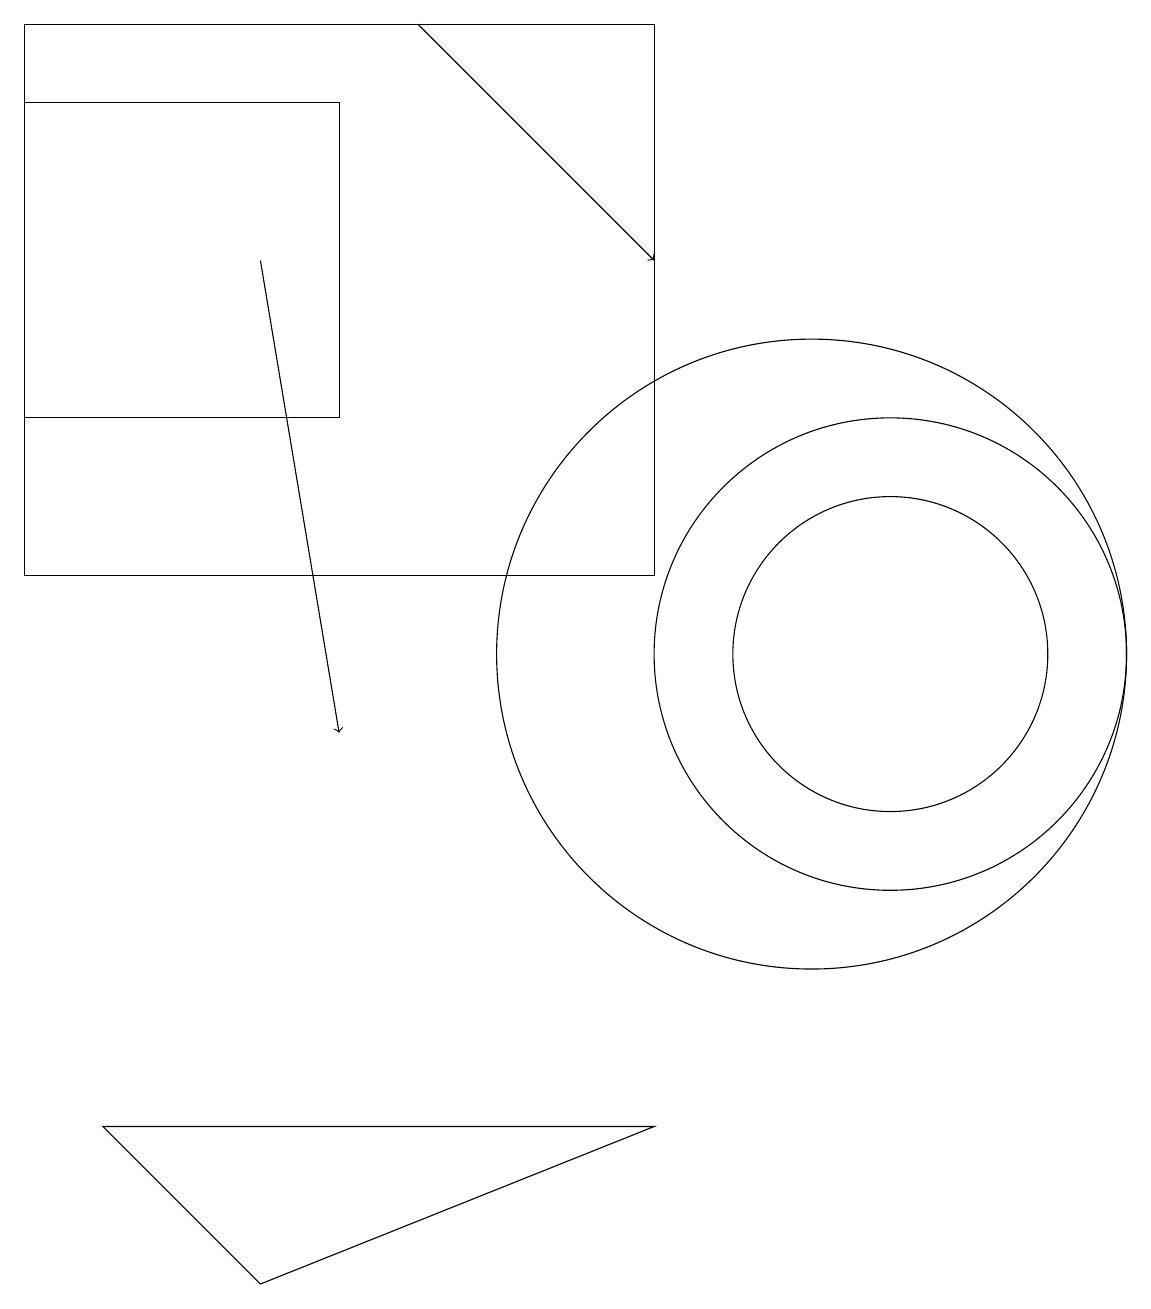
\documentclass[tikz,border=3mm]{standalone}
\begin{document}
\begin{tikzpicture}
\draw (10,11) circle (4);
\draw (11,11) circle (2);
\draw (3,3) -- (8,5) -- (1,5) -- cycle;
\draw (8,12) rectangle (0,19);
\draw (11,11) circle (3);
\draw[->] (5,19) -- (8,16);
\draw[->] (3,16) -- (4,10);
\draw (4,18) rectangle (0,14);
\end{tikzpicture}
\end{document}